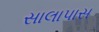
સાલાપાસ